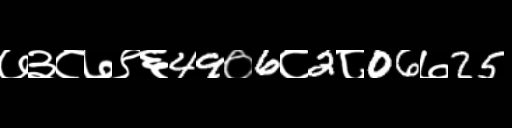
Text: ७३८७९६49०6८2८06७25